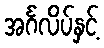
အင်္ဂလိပ်နှင့်